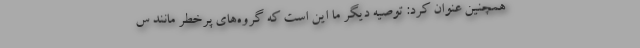
همچنین عنوان کرد: توصیه دیگر ما این است که گروه‌های پرخطر مانند س